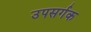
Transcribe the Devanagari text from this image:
उपसर्गक